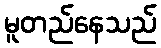
မူတည်နေသည်